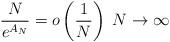
LaTeX: \begin{align*}\frac{N}{e^{A_N}} = o\left(\frac{1}{N}\right)\;N \to \infty\end{align*}